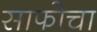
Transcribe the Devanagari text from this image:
साफोचा